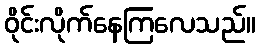
ဝိုင်းလိုက်နေကြလေသည်။